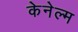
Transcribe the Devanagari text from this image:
केनेल्म